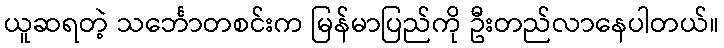
ယူဆရတဲ့ သင်္ဘောတစင်းက မြန်မာပြည်ကို ဦးတည်လာနေပါတယ်။